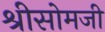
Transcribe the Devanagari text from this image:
श्रीसोमजी